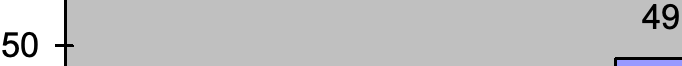
49 50